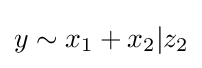
y\sim x_{1}+x_{2}|z_{2}